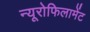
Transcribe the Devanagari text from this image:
न्यूरोफिलामेंट